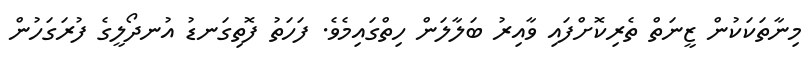
މިނާތަކަކުން ޒީނަތް ތެރިކޮށްފައި ވާއިރު ބަލާލަން ހިތްގައިމެވެ. ފަހަތު ފޮތިގަނޑު އުނދޯލީގެ ފުރަގަހުން